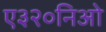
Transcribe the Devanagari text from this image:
ए३२०निओ